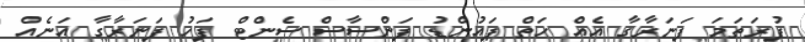
ފުރަތަމަ ފަނަރާގާ އެއް ހަތް ޕައުންޑު ފަންސާސް ސެންޓް ފަހު ފަނަރާގާ އަނެއް